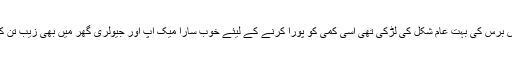
سدرہ چوبیس برس کی بہت عام شکل کی لڑکی تھی اسی کمی کو پورا کرنے کے لیئے خوب سارا میک اپ اور جیولری گھر میں بھی زیب تن کیے رکھتی۔